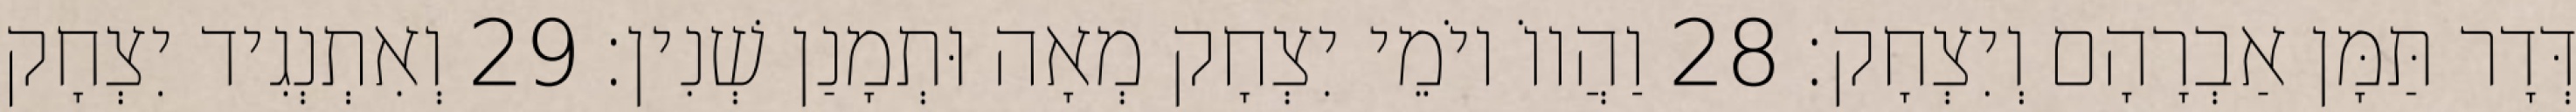
דְּדָר תַּמָּן אַבְרָהָם וְיִצְחָק׃ 28 וַהֲווֹ יוֹמֵי יִצְחָק מְאָה וּתְמָנַן שְׁנִין׃ 29 וְאִתְנְגִיד יִצְחָק